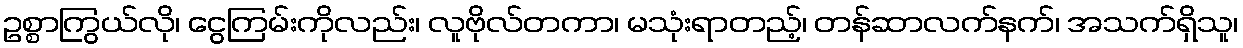
ဥစ္စာကြွယ်လို၊ ငွေကြမ်းကိုလည်း၊ လူဗိုလ်တကာ၊ မသုံးရာတည့်၊ တန်ဆာလက်နက်၊ အသက်ရှိသူ၊